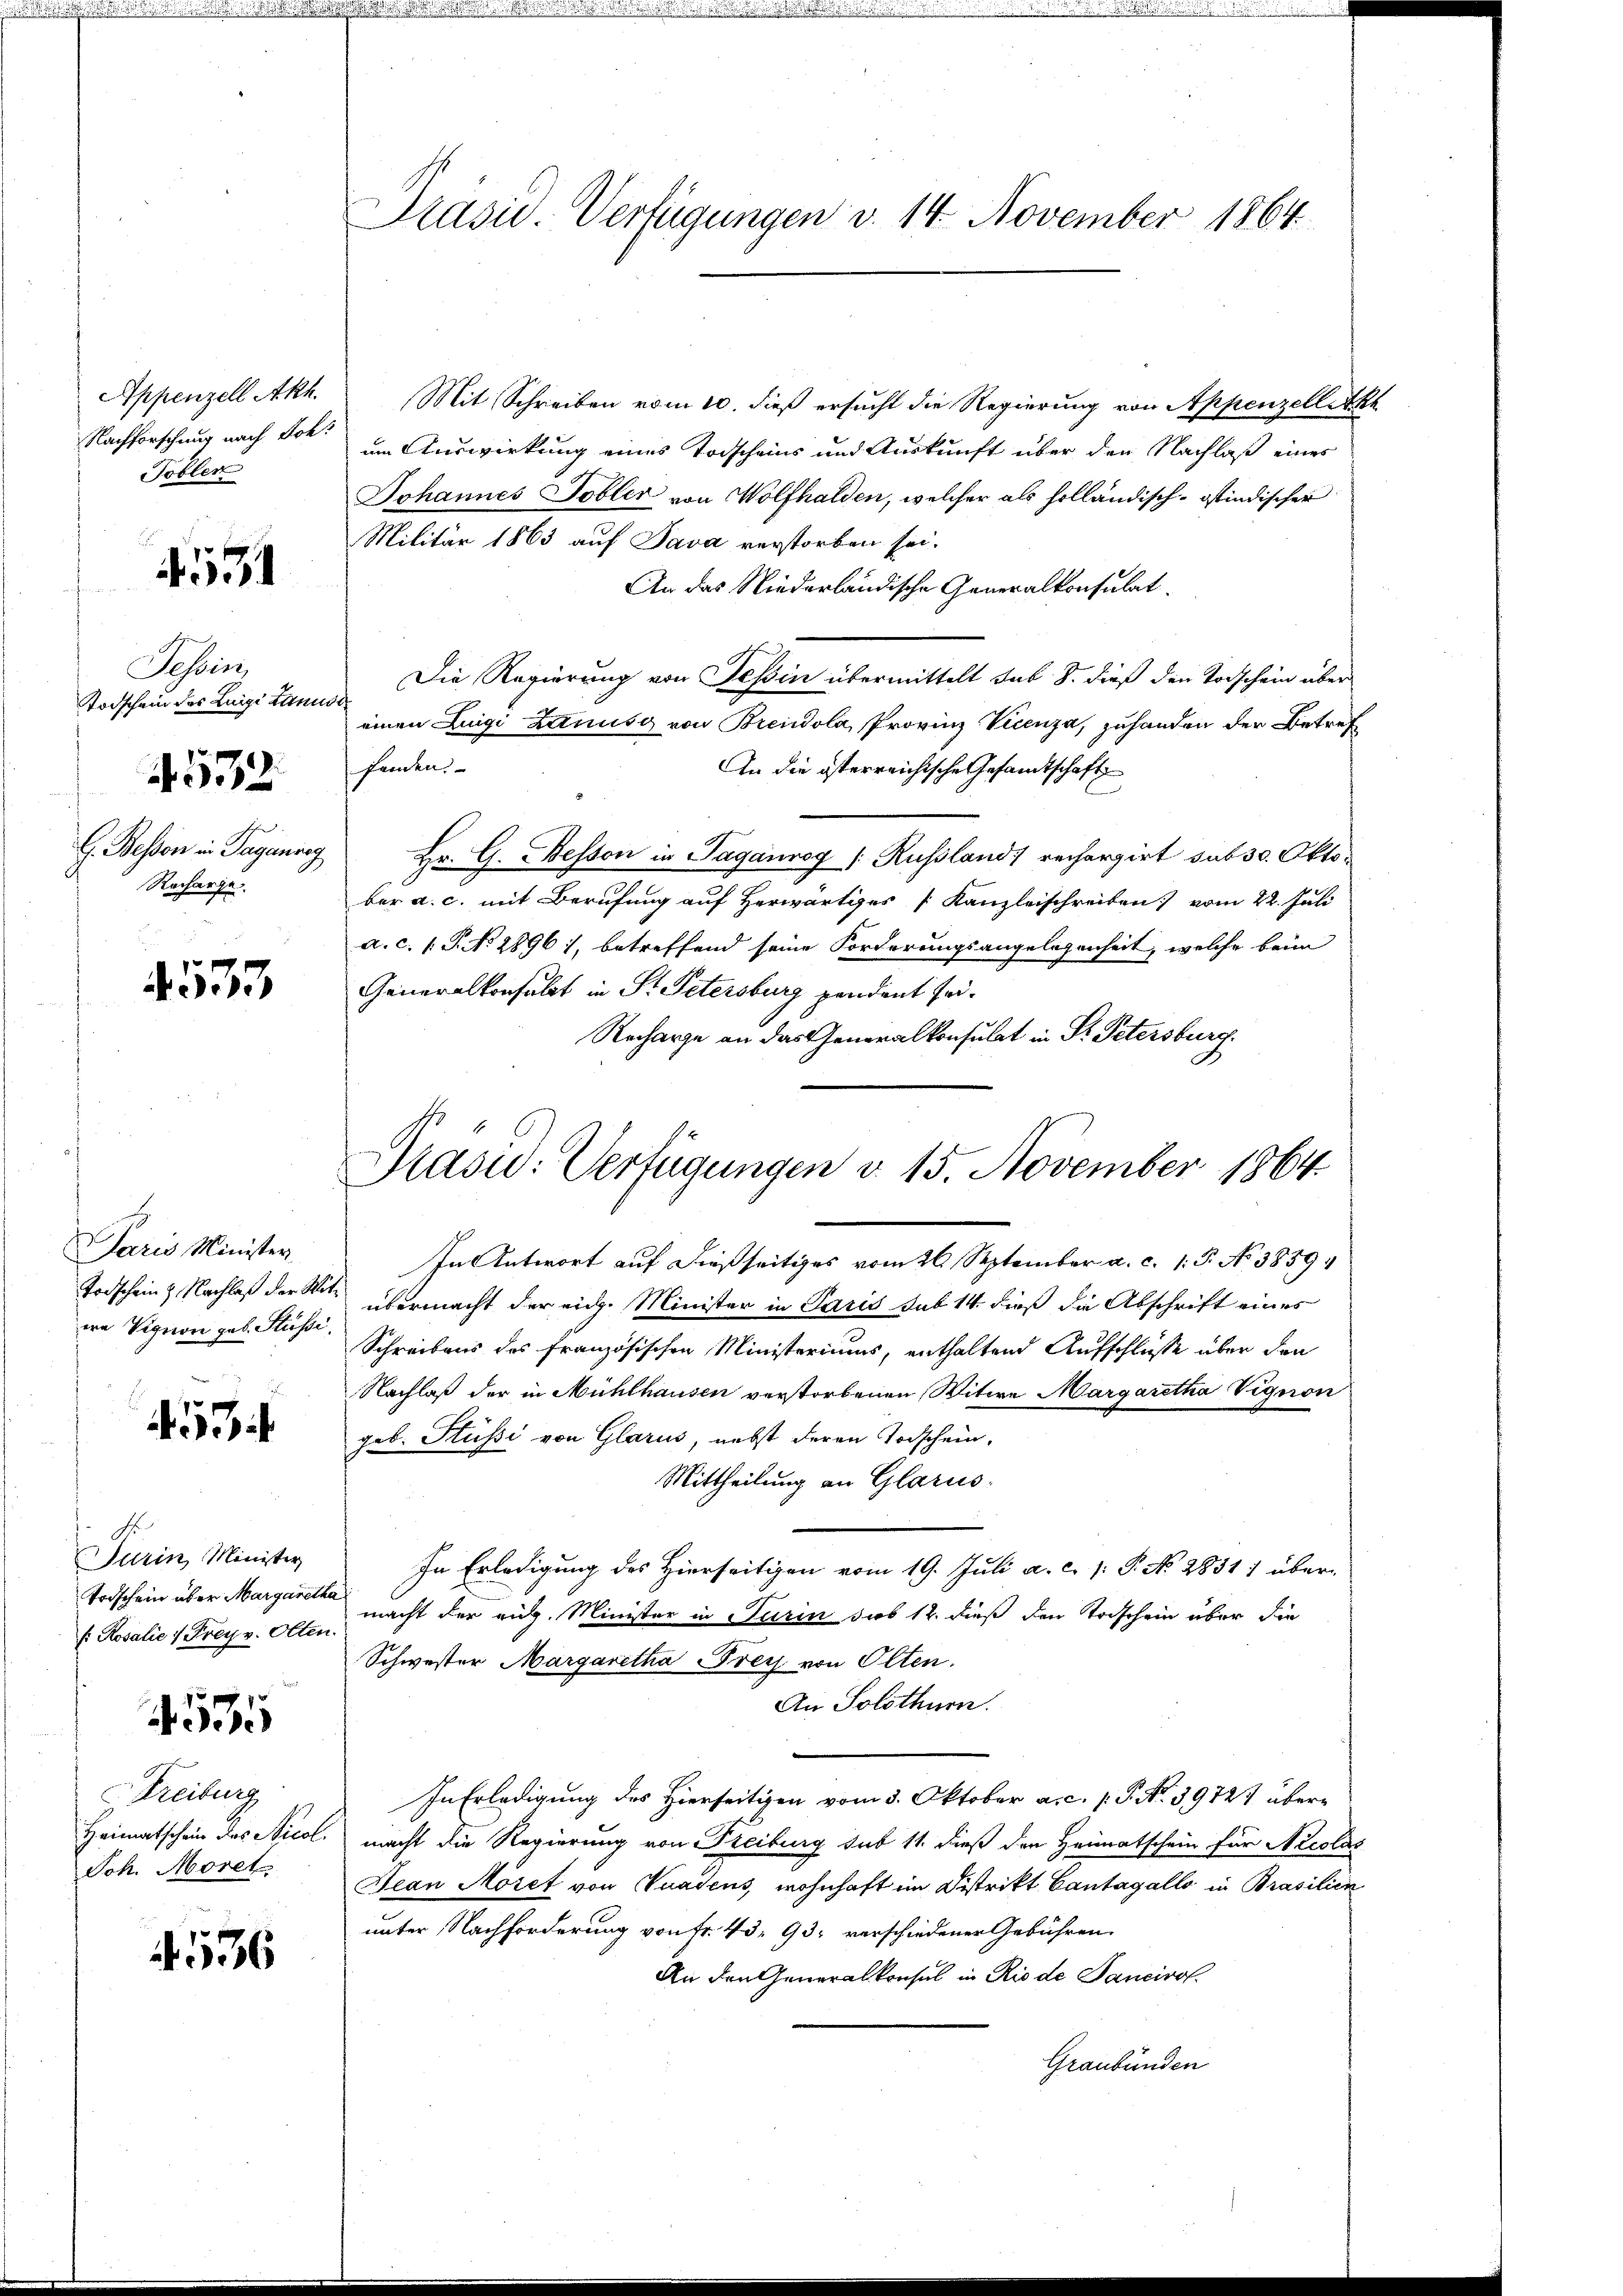
Appenzell Akh.
Nachforschung nach Joh.
Tobler

4531

Tessin,
Todschein des Luigi Lani
G. Bessen in Tagenreg
Recharge.

4532.

533.

Paris Minister.

453.

Turin Minister
Todschein über Margaretha
s: Rosalie 7 Frey v. Olter

4535

Freiburg
Heimatschein des Nicol
Joh. Moret

.

536

Präsid. Verfügungen v. 14. November 1864

Mit Schreiben vom 10. dieß ersucht die Regierung von Appenzellekt
um Auswirkung eines Todscheins und Auskunft über den Nachlaß eines
Johannes Tobler von Wolfhalden, welcher als holländisch-Ostindischer
Militär 1863 auf Java verstorben sei.
An das Niederländische Generalkonsulat
Die Regierung von Tessin übermittelt sub. 8. dieß den Vorschein über
einen Luigi Lanus von Brendola, Provinz Vicenza, zuhanden der Betref
fanden.
An die österreichische Gesandtschaft
Br. G. Bessen in Taganrog [Russland) rechargirt sub 30. Oktober a. c. mit Berufung auf Herwärtiges [Kanzleischreiben vom 22. Juli
a. c. 1 P. No. 1896 1, betreffend seine Forderungsangelegenheit, welche beim
Generalkonsulat in P. Petersburg pendent sei¬
Recharge an das Generalkonsulat in Pr. Petersburg.

In Antwort auf dießseitiges vom 26. September a. c. 15. No 3859
Todschein & Nachlaß der Seite übermacht der eidg. Minister in Paris sub 14. dieß die Abschrift eines
wa Vignon geb. Suste Schreibens des französischen Ministeriums, enthaltend Aufschlüsse über den
Nachlaß der in Mühlhausen verstorbenen Witwe Margaretha Vigion
geb. Hüssi von Glarus, nebst deren Todschein,
Mittheilung an Glarus.
In Erledigung des Hierseitigen vom 19. Juli a. c. 1: P. No 2831) über-
macht der aug. Minister in Turin sub 12 dieß den Todschein über die
Schwester Margaretha Frey von Olten.
An Solothurn.
In Erledigung des Hierseitigen vom 3. Oktober a. c. p. P. N. 39727 übermacht die Regierung von Freiburg sub 11. dieß den Heimatschein für Nicolas
Jean Moset von Vuadens, wohnhaft im Distrikt Cantagallo in Brasilien
unter Nachforderung von Fr. 43, 93, verschiedener Gebühren
An den Generalkonsul in Rio de Sancirol.
Graubünden

Präsid. Verfügungen v. 15. November 1864